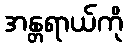
အန္တရာယ်ကို